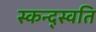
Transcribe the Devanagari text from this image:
स्कन्द्स्वति